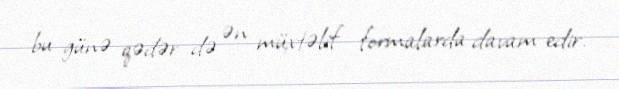
bu günə qədər də ən müxtəlif formalarda davam edir.